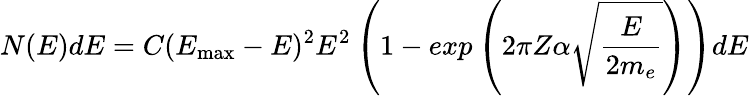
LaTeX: N(E)dE=C(E_{\mathrm{{max}}}-E)^{2}E^{2}\left(1-exp\left(2\pi Z\alpha\sqrt{\frac{E}{2m_{e}}}\right)\right)dE